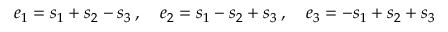
e _ { 1 } = s _ { 1 } + s _ { 2 } - s _ { 3 } \, , \quad e _ { 2 } = s _ { 1 } - s _ { 2 } + s _ { 3 } \, , \quad e _ { 3 } = - s _ { 1 } + s _ { 2 } + s _ { 3 }